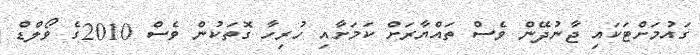
ގައުމަށްޓަކައި ޖާނުދޭން ވެސް ތައްޔާރަށް ކަމަށާއި ހުރިހާ ގޮތަކުން ވެސް 2010ގެ ވޯލްޑް